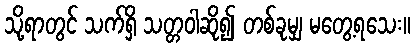
သို့ရာတွင် သက်ရှိ သတ္တဝါဆို၍ တစ်ခုမျှ မတွေ့ရသေး။